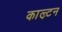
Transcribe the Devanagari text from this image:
काल्र्टन